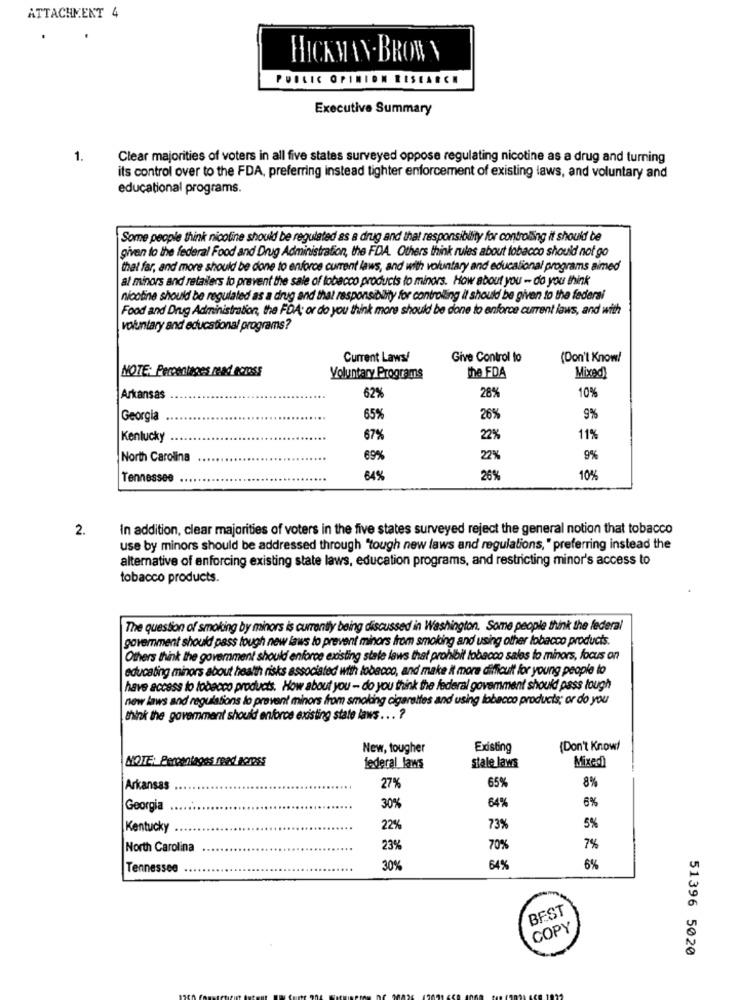
ATTACHMENT 4
HICKMAN- BROW Y
P ... IC OPINION RESEARCH
Executive Summary
1.
Clear majorities of voters in all five states surveyed oppose regulating nicotine as a drug and turning
its control over to the FDA, preferring instead tighter enforcement of existing laws, and voluntary and
educational programs.
Some people think nicotine should be regulated as a drug and that responsibility for controlling it should be
given to the federal Food and Drug Administration, the FDA. Others think rules about tobacco should not go
that far, and more should be done to enforce current laws, and with voluntary and educational programs aimed
al minors and retailers to prevent the sale of tobacco products to minors. How about you - do you think
nicotine should be regulated as a drug and that responsibility for controlling it should be given to the federal
Food and Drug Administration, the FDA; or do you think more should be done to enforce current laws, and with
volkantary and educational programs?
Current Laws/
Give Control to
(Don't Know!
MOTE: Percentages read ecross
the FDA
Voluntary Programs
Mixed)
28%
10%
Arkansas
62%
Georgia
65%
26%
9%
Kentucky
67%
22%
11%
North Carolina
69%
22%
9%
Tennessee
64%
26%
10%
2.
In addition, clear majorities of voters in the five states surveyed reject the general notion that tobacco
use by minors should be addressed through "tough new laws and regulations, " preferring instead the
alternative of enforcing existing state laws, education programs, and restricting minor's access to
tobacco products.
The question of smoking by minors is currently being discussed in Washington. Some people think the federal
goverment should pass tough new laws to prevent minors from smoking and using other tobacco products.
Others think the government should enforce existing stale laws that prohibit tobacco sales to minors, focus on
educating minors about health risks associated with tobacco, and make & more difficult for young people to
have access to tobacco products. How about you - do you think the federal govemment should pass lough
new laws and regulations lo prevent minors from smoking cigarettes and using tobacco products; or do you
think the government should enforce existing state laws ... ?
New, tougher
Existing
(Don't Know!
MOTE: Percentages read BOSS
Mixed)
federal laws
stale laws
65%
8%
Arkansas
27%
6%
Georgia
30%
64%
Kentucky
22%
73%
5%
North Carolina
23%
70%
7%
Tennessee
30%
64%
6%
BEST
COPY
51396 5020